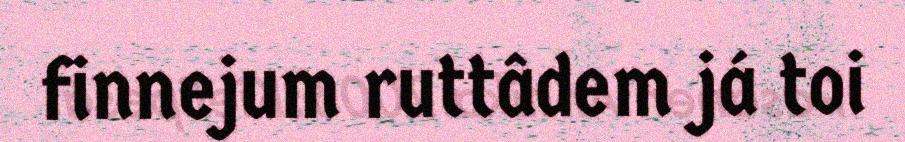
finnejum ruttâdem já toi